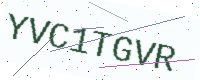
Text: YVC1TGVR